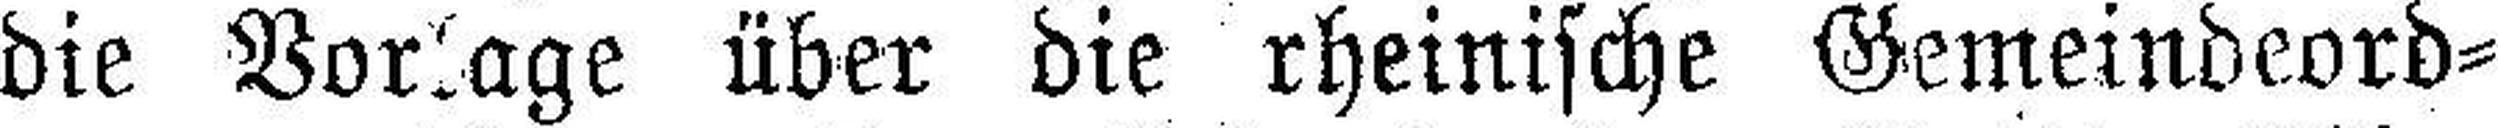
die Vorlage über die rheinische Gemeindeord¬